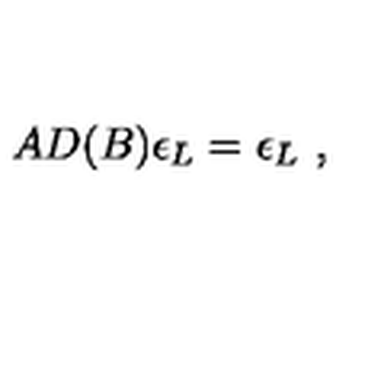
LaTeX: A D ( B ) \epsilon _ { L } = \epsilon _ { L } \ ,